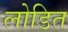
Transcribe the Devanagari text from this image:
लोडित